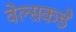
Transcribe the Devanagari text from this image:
वेल्सकडे